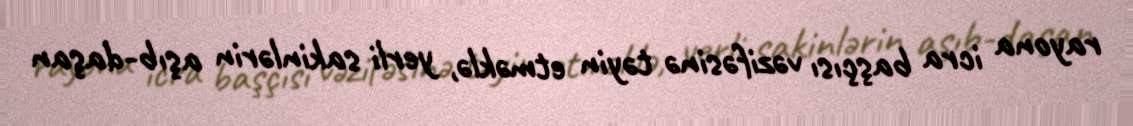
rayona icra başçısı vəzifəsinə təyin etməklə, yerli sakinlərin aşıb-daşan